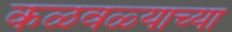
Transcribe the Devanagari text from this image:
कळवळ्याच्या